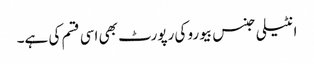
انٹیلی جنس بیورو کی رپورٹ بھی اسی قسم کی ہے۔